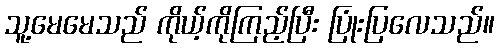
သူ့မေမေသည် ကိုယ့်ကိုကြည့်ပြီး ပြုံးပြလေသည်။